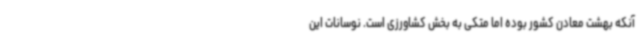
آنکه بهشت معادن کشور بوده اما متکی به بخش کشاورزی است. نوسانات این